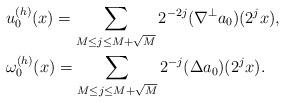
LaTeX: \begin{align*}&u_0^{(h)}(x) = \sum_{M\le j \le M+\sqrt M} 2^{-2j} (\nabla^{\perp} a_0)(2^j x), \\&\omega_0^{(h)}(x) = \sum_{M\le j \le M+\sqrt M} 2^{-j} (\Delta a_0)(2^j x). \end{align*}